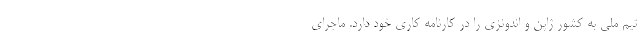
تیم ملی به کشور ژاپن و اندونزی را در کارنامه کاری خود دارد. ماجرای